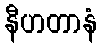
နီဟတာနံ